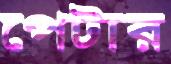
পেটার